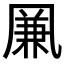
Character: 凲